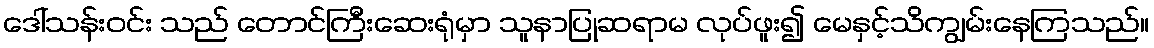
ဒေါ်သန်းဝင်း သည် တောင်ကြီးဆေးရုံမှာ သူနာပြုဆရာမ လုပ်ဖူး၍ မေနှင့်သိကျွမ်းနေကြသည်။